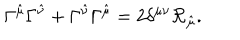
\Gamma ^ { \hat { \mu } } \Gamma ^ { \hat { \nu } } + \Gamma ^ { \hat { \nu } } \Gamma ^ { \hat { \mu } } = 2 \delta ^ { \mu \nu } \mathcal { R } _ { \hat { \mu } } .